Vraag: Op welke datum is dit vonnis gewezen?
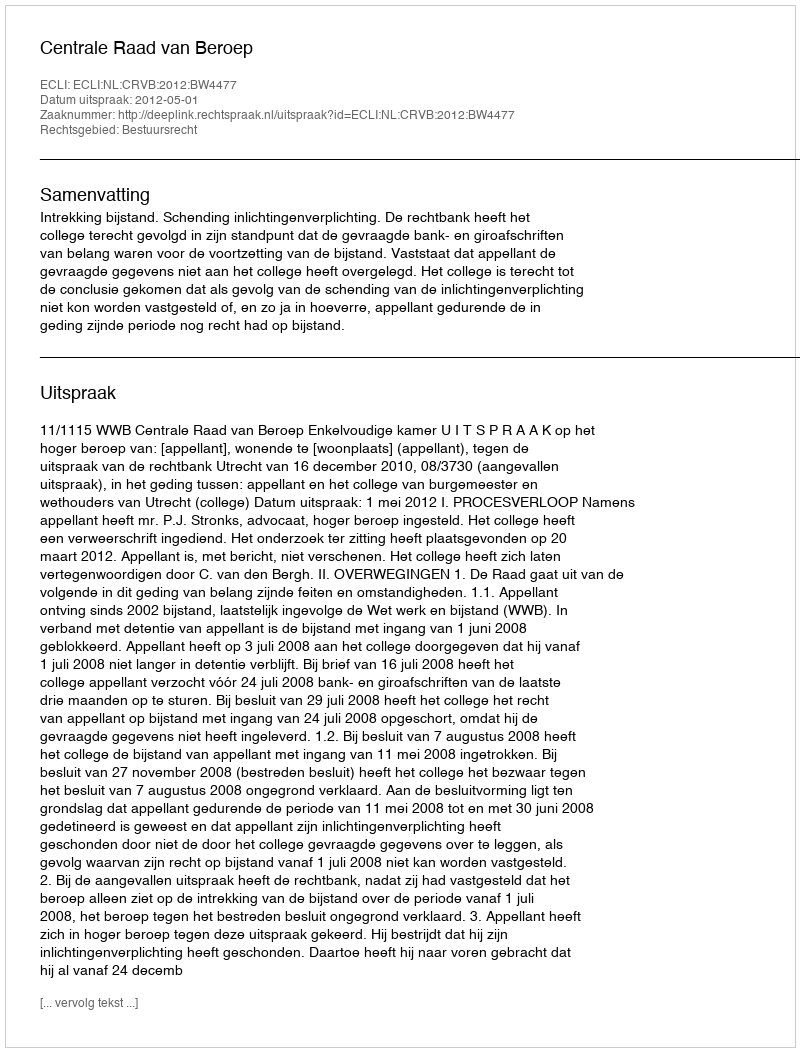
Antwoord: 2012-05-01